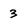
Character: 3